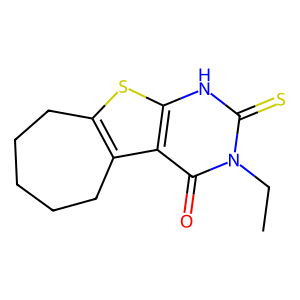
SMILES: CCn1c(=S)[nH]c2sc3c(c2c1=O)CCCCC3
Inhibits HIV replication: No